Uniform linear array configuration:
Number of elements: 16
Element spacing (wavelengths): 1
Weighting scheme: cosine
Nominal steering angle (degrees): -45
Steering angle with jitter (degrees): -44.062
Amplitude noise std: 0.05
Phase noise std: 0.05

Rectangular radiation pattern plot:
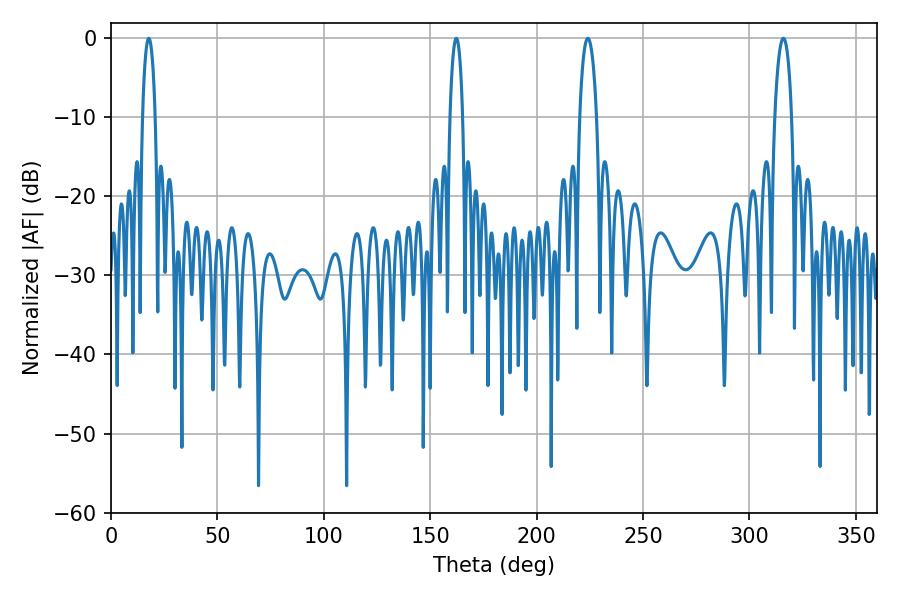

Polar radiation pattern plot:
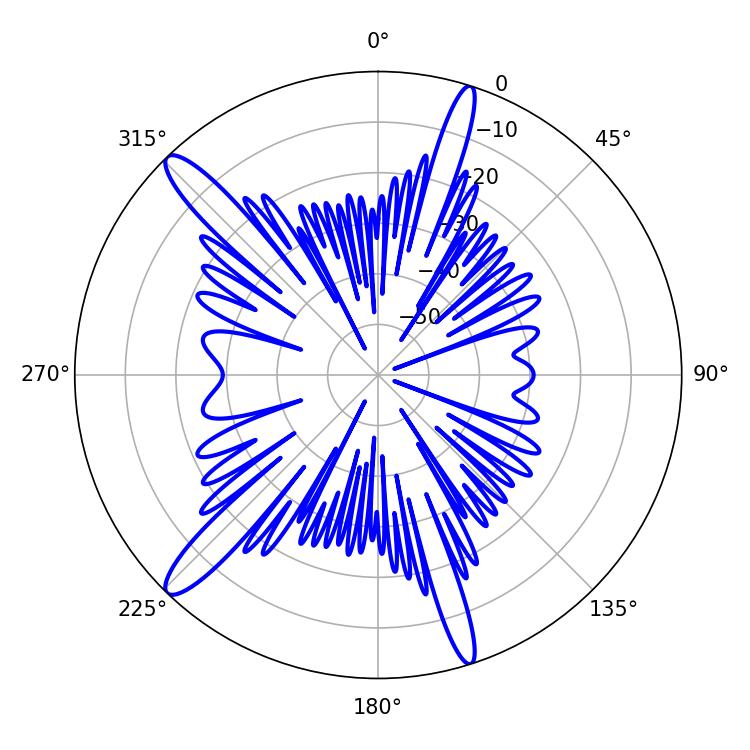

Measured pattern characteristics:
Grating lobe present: TRUE
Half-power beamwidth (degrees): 4.5
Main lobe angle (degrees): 224.1